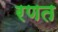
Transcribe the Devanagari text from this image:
रणत